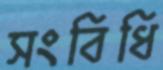
সংবিধি